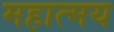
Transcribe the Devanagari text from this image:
महात्‍मय